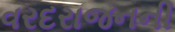
વરદરાજનની